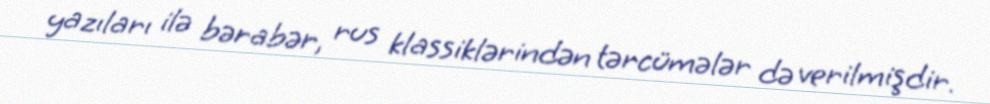
yazıları ilə bərabər, rus klassiklərindən tərcümələr də verilmişdir.